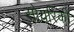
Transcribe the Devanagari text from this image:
सोयरिकी